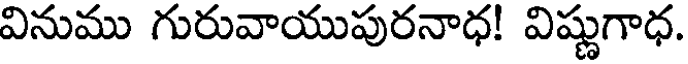
వినుము గురువాయుపురనాధ! విష్ణుగాధ.